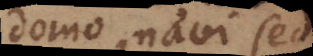
domo, navi sed